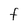
Character: F